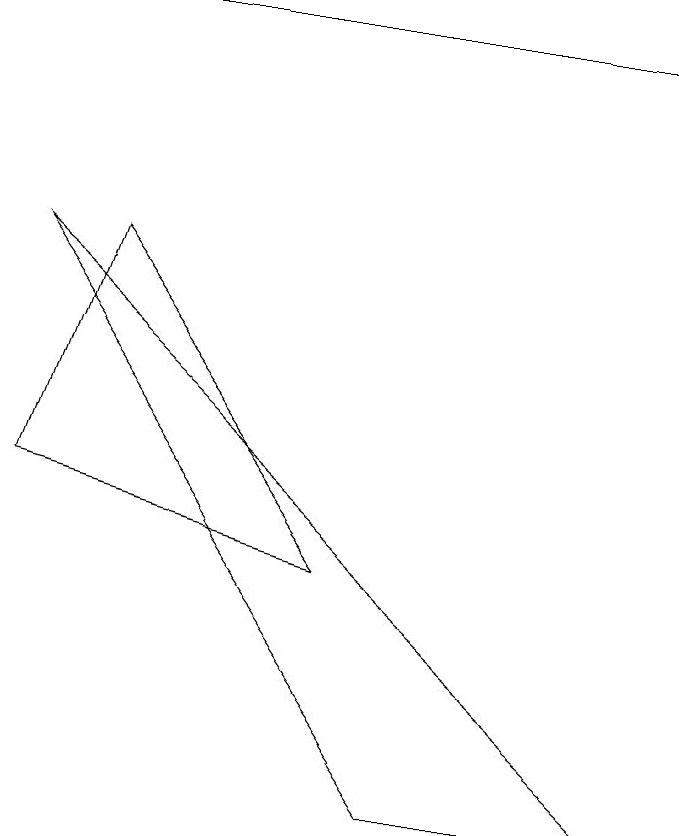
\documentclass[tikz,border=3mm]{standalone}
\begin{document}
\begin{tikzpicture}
\draw (5,4) -- (1,5) -- (2,8) -- cycle;
\draw (6,1) -- (9,1) -- (1,8) -- cycle;
\draw[->] (1,11) -- (9,11);
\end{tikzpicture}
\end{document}